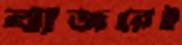
বাজরেই